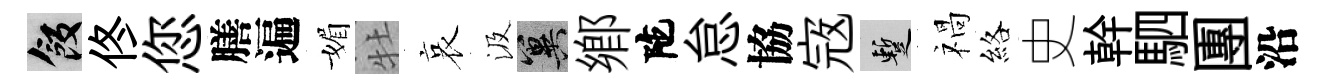
飯佟您膳遍媚牡哀汲冀郷陀怠協𡨥暫禍絡史幹駟團沿